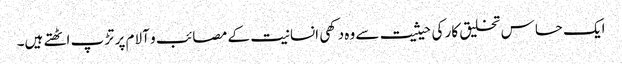
ایک حساس تخلیق کار کی حیثیت سے وہ دکھی انسانیت کے مصائب و آلام پر تڑپ اٹھتے ہیں۔